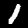
Label: 1